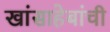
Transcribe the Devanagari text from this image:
खांसाहेबांची